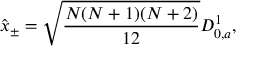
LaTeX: \hat { x } _ { \pm } = \sqrt { \frac { N ( N + 1 ) ( N + 2 ) } { 1 2 } } { \cal D } _ { 0 , a } ^ { 1 } ,